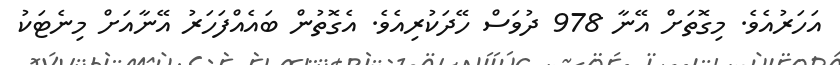
އަހަރުއެވެ. މިގޮތަށް އޭނާ 978 ދުވަސް ހޭދަކުރިއެވެ. އެގޮތުން ބައެއްފަހަރު އޭނާއަށް މިނެޓަކު